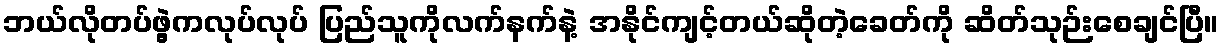
ဘယ်လိုတပ်ဖွဲ့ကလုပ်လုပ် ပြည်သူကိုလက်နက်နဲ့ အနိုင်ကျင့်တယ်ဆိုတဲ့ခေတ်ကို ဆိတ်သုဉ်းစေချင်ပြီ။